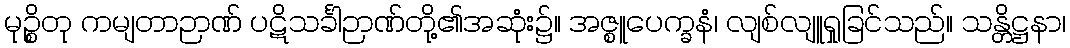
မုဉ္စိတု ကမျတာဉာဏ် ပဋိသင်္ခါဉာဏ်တို့၏အဆုံး၌။ အဇ္စူပေက္ခနံ၊ လျစ်လျူရှုခြင်သည်။ သန္တိဋ္ဌနာ၊